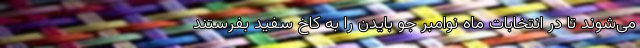
می‌شوند تا در انتخابات ماه نوامبر جو بایدن را به کاخ سفید بفرستند